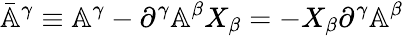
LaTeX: \bar{\mathbb{A}}^{\gamma}\equiv\mathbb{A}^{\gamma}-\partial^{\gamma}\mathbb{A}^{\beta}X_{\beta}=-X_{\beta}\partial^{\gamma}\mathbb{A}^{\beta}